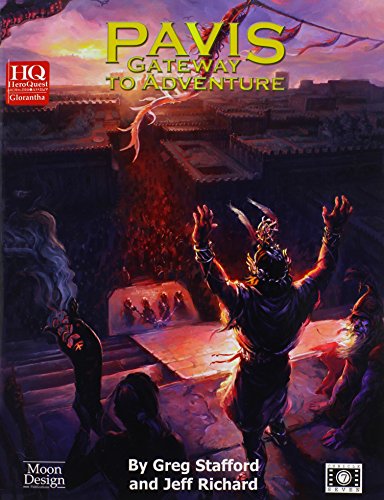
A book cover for Pavis: Gateway to Adventure (HeroQuest Glorantha); Greg Stafford; Science Fiction & Fantasy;